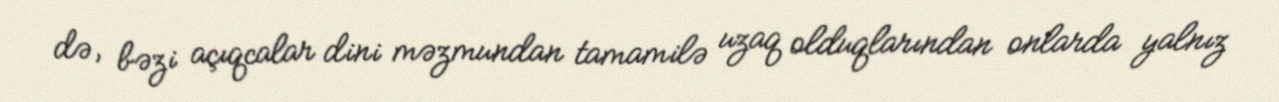
də, bəzi açıqcalar dini məzmundan tamamilə uzaq olduqlarından onlarda yalnız